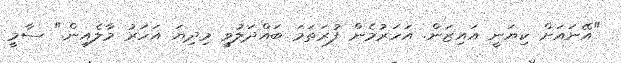
"އޭނައަށް ކިޔަނީ އައިޒަން. އަހަރުމެން ފުރަތަމަ ބައްދަލުވީ މިދިޔަ އަހަރު މާލެއިން." ސާމީ